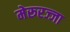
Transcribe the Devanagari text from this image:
मेरूरज्जा